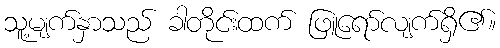
သူ့မျက်နှာသည် ခါတိုင်းထက် ဖြူရော်လျက်ရှိ၏။